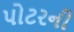
પોટરની